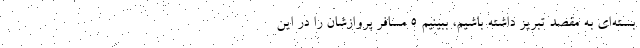
بسته‌ای به مقصد تبریز داشته باشیم، ببینیم ۵ مسافر پروازشان را در این